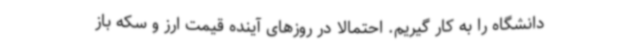
دانشگاه را به کار گیریم. احتمالا در روزهای آینده قیمت ارز و سکه باز